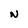
Character: N